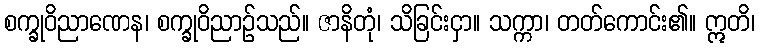
စက္ခုဝိညာဏေန၊ စက္ခုဝိညာဉ်သည်။ ဇာနိတုံ၊ သိခြင်းငှာ။ သက္ကာ၊ တတ်ကောင်း၏။ ဣတိ၊